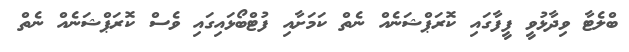
ބްލެޓާ ވިދާޅުވީ ފީފާގައި ކޮރަޕްޝަނެއް ނެތް ކަމަށާއި ފުޓްބޯޅައިގައި ވެސް ކޮރަޕްޝަނެއް ނެތް